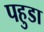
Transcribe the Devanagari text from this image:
पहुडा